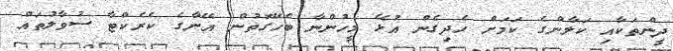
ދީންތަކާއި ކަލާންގެ ކަމަށް ހެދިގެން އުޅޭ މީހުންނާ ބެހޭގޮތުން އޭނާގެ ކެރެކްޓާ ސުވާލުތައް